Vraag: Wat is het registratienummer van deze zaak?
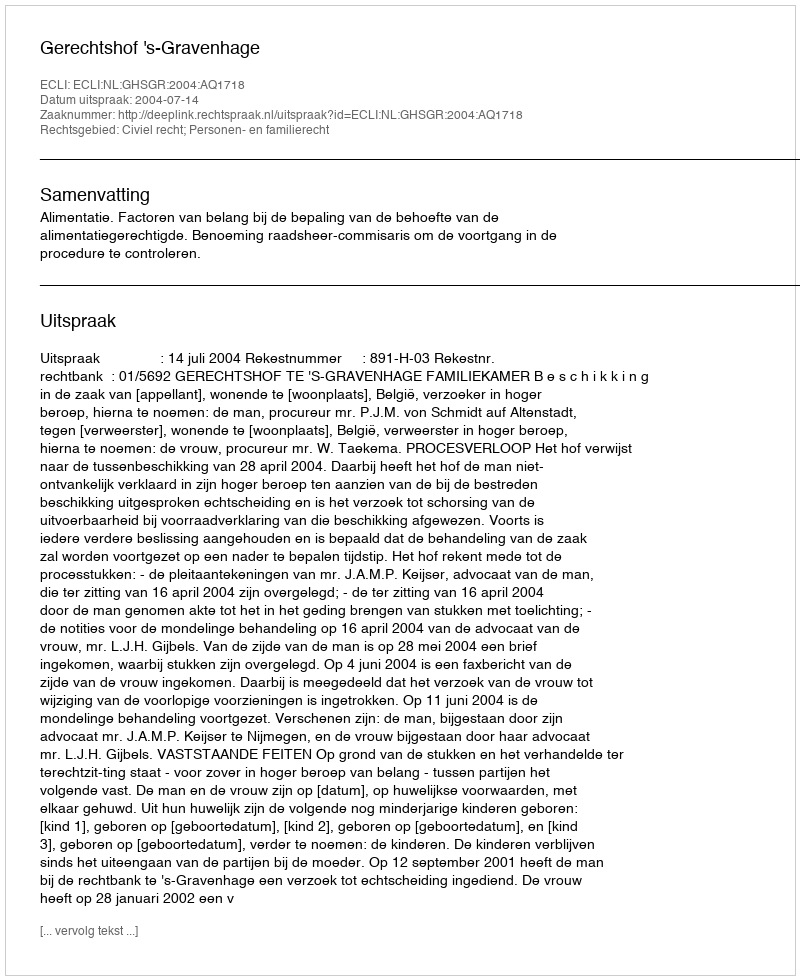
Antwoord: http://deeplink.rechtspraak.nl/uitspraak?id=ECLI:NL:GHSGR:2004:AQ1718